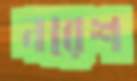
নরেশ